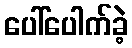
ပေါ်ပေါက်ခဲ့